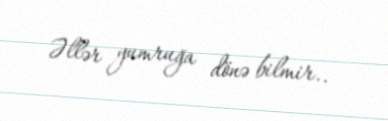
Əllər yumruğa dönə bilmir..